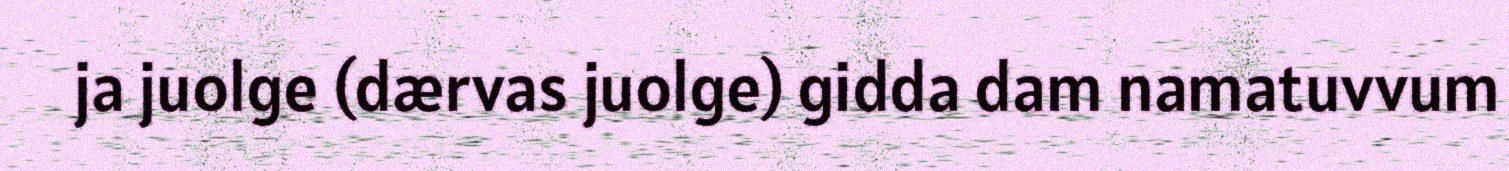
ja juolge (dærvas juolge) gidda dam namatuvvum